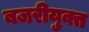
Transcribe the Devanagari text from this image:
बजरीयुक्त